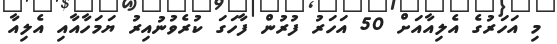
މި އަހަރުގެ އެލިއާއަށް 50 އަހަރު ފުރުން ފާހަގަ ކުރެވުނުއިރު ޔަމަހާއާއި އެލިއާ